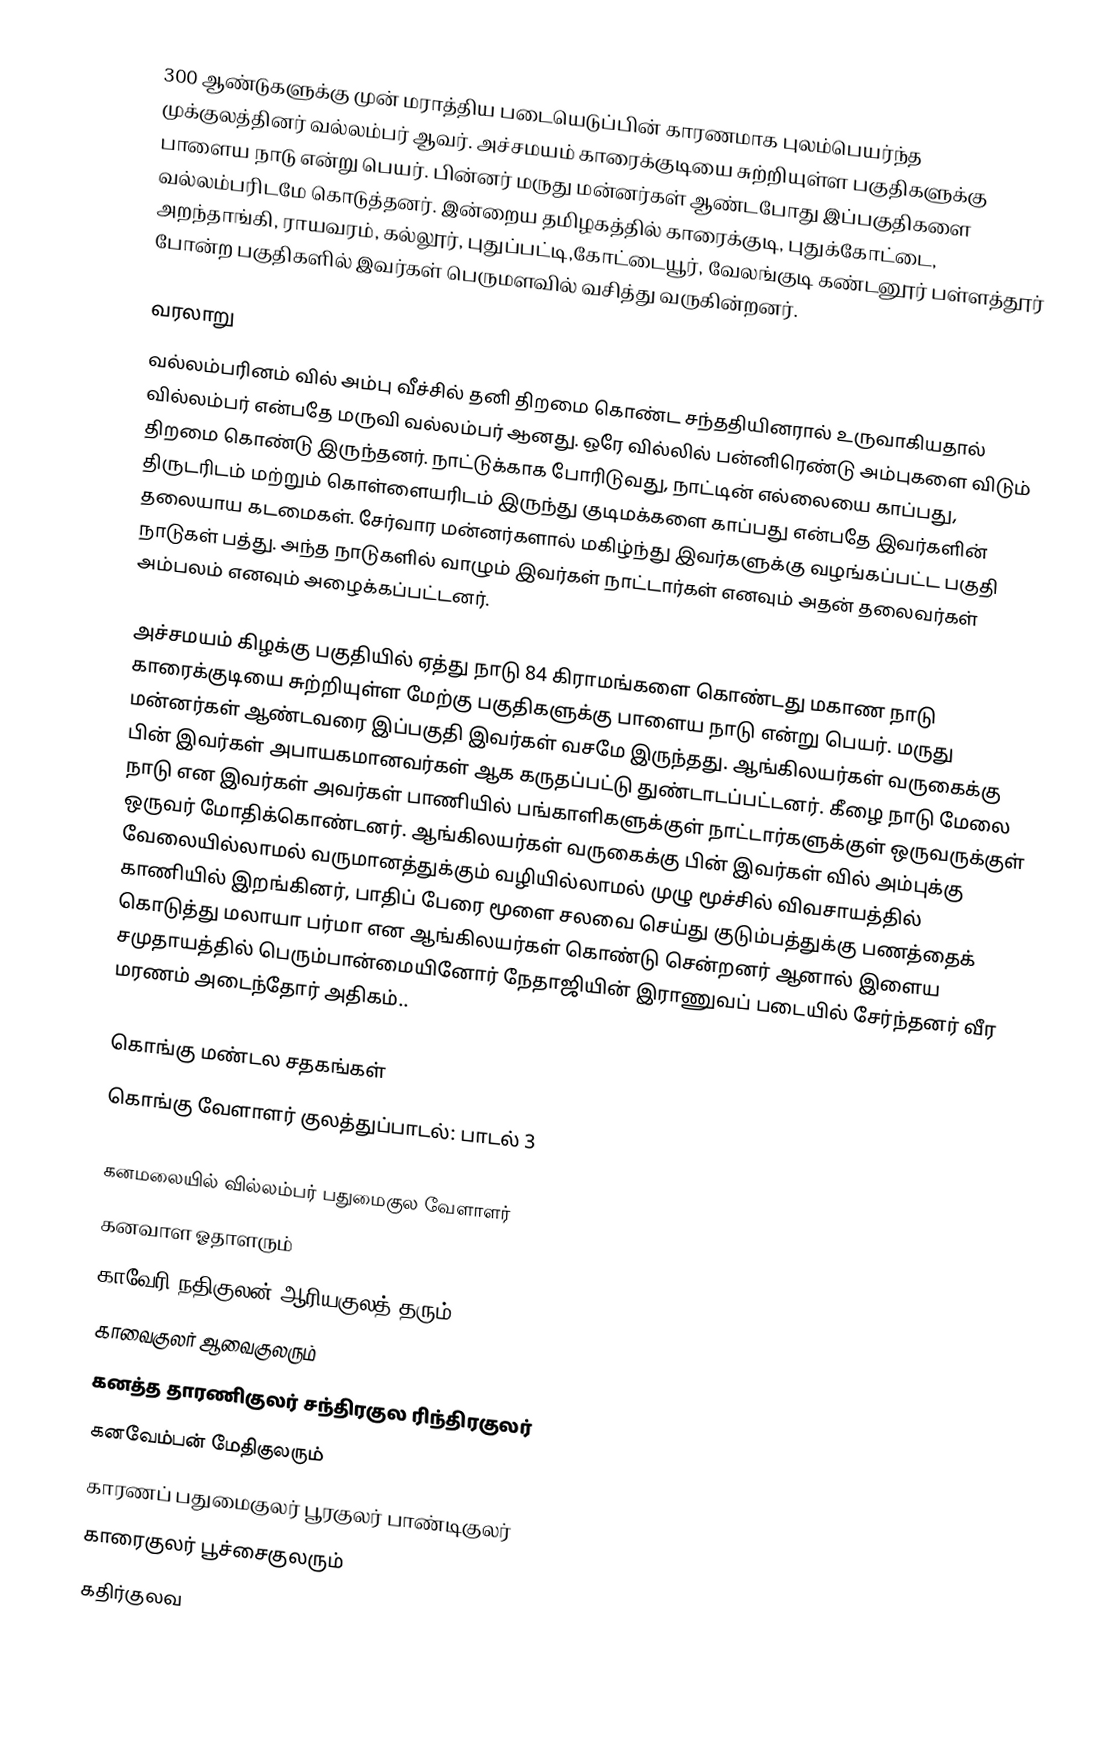
300 ஆண்டுகளுக்கு முன் மராத்திய படையெடுப்பின் காரணமாக புலம்பெயர்ந்த முக்குலத்தினர் வல்லம்பர் ஆவர். அச்சமயம் காரைக்குடியை சுற்றியுள்ள பகுதிகளுக்கு பாளைய நாடு என்று பெயர். பின்னர் மருது மன்னர்கள் ஆண்டபோது இப்பகுதிகளை வல்லம்பரிடமே கொடுத்தனர். இன்றைய தமிழகத்தில் காரைக்குடி, புதுக்கோட்டை, அறந்தாங்கி, ராயவரம், கல்லூர், புதுப்பட்டி,கோட்டையூர், வேலங்குடி கண்டனூர் பள்ளத்தூர் போன்ற பகுதிகளில் இவர்கள் பெருமளவில் வசித்து வருகின்றனர்.

வரலாறு
வல்லம்பரினம் வில் அம்பு வீச்சில் தனி திறமை கொண்ட சந்ததியினரால் உருவாகியதால் வில்லம்பர் என்பதே மருவி வல்லம்பர் ஆனது. ஒரே வில்லில் பன்னிரெண்டு அம்புகளை விடும் திறமை கொண்டு இருந்தனர். நாட்டுக்காக போரிடுவது, நாட்டின் எல்லையை காப்பது, திருடரிடம் மற்றும் கொள்ளையரிடம் இருந்து குடிமக்களை காப்பது என்பதே இவர்களின் தலையாய கடமைகள். சேர்வார மன்னர்களால் மகிழ்ந்து இவர்களுக்கு வழங்கப்பட்ட பகுதி நாடுகள் பத்து. அந்த நாடுகளில் வாழும் இவர்கள் நாட்டார்கள் எனவும் அதன் தலைவர்கள் அம்பலம் எனவும் அழைக்கப்பட்டனர்.

அச்சமயம் கிழக்கு பகுதியில் ஏத்து நாடு 84 கிராமங்களை கொண்டது  மகாண நாடு காரைக்குடியை சுற்றியுள்ள மேற்கு பகுதிகளுக்கு பாளைய நாடு என்று பெயர். மருது மன்னர்கள் ஆண்டவரை  இப்பகுதி இவர்கள் வசமே இருந்தது. ஆங்கிலயர்கள் வருகைக்கு பின் இவர்கள் அபாயகமானவர்கள் ஆக கருதப்பட்டு துண்டாடப்பட்டனர். கீழை நாடு மேலை நாடு என இவர்கள் அவர்கள் பாணியில் பங்காளிகளுக்குள் நாட்டார்களுக்குள் ஒருவருக்குள் ஒருவர் மோதிக்கொண்டனர். ஆங்கிலயர்கள் வருகைக்கு பின் இவர்கள் வில் அம்புக்கு வேலையில்லாமல் வருமானத்துக்கும் வழியில்லாமல் முழு மூச்சில் விவசாயத்தில் காணியில் இறங்கினர், பாதிப் பேரை மூளை சலவை செய்து குடும்பத்துக்கு பணத்தைக் கொடுத்து மலாயா பர்மா என ஆங்கிலயர்கள் கொண்டு சென்றனர் ஆனால் இளைய சமுதாயத்தில் பெரும்பான்மையினோர் நேதாஜியின் இராணுவப் படையில் சேர்ந்தனர் வீர மரணம் அடைந்தோர் அதிகம்..

கொங்கு மண்டல சதகங்கள்
கொங்கு வேளாளர் குலத்துப்பாடல்: பாடல் 3

கனமலையில் வில்லம்பர் பதுமைகுல வேளாளர்
கனவாள ஓதாளரும்
காவேரி நதிகுலன் ஆரியகுலத் தரும்
காவைகுலர் ஆவைகுலரும்
கனத்த தாரணிகுலர் சந்திரகுல ரிந்திரகுலர்
கனவேம்பன் மேதிகுலரும்
காரணப் பதுமைகுலர் பூரகுலர் பாண்டிகுலர்
காரைகுலர் பூச்சைகுலரும்
கதிர்குலவ